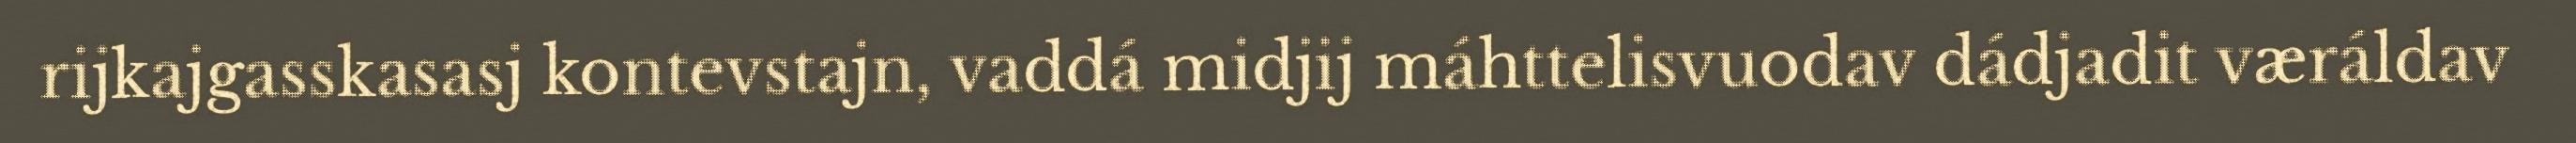
rijkajgasskasasj kontevstajn, vaddá midjij máhttelisvuodav dádjadit væráldav